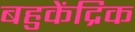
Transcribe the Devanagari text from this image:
बहुकेंद्रिक